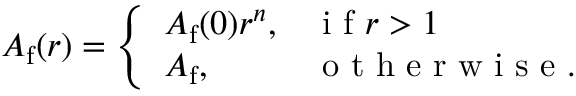
A _ { \mathrm { { f } } } ( r ) = \left\{ \begin{array} { l l } { A _ { \mathrm { { f } } } ( 0 ) r ^ { n } , } & { \mathrm { ~ i ~ f ~ } r > 1 } \\ { A _ { \mathrm { { f } } } , } & { \mathrm { ~ o ~ t ~ h ~ e ~ r ~ w ~ i ~ s ~ e ~ } . } \end{array} \right.